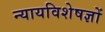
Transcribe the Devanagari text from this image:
न्यायविशेषज्ञों